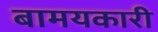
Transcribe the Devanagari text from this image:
बामयकारी